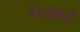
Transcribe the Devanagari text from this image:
देशाकडे